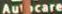
Autocare